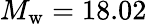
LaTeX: M_{\mathrm{w}}=18.02